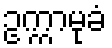
ဥက္ကာမုခံ